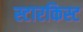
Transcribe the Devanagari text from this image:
स्टारकिस्ट